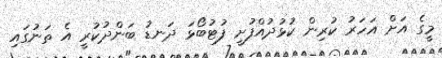
މީގެ އަށް އަހަރު ކުރިން ކުޅުދުއްފުށީ ފުޓުބޯޅަ ދަނޑު ބަންދުކުރީ އެ ތަނުގައި